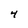
Character: 4